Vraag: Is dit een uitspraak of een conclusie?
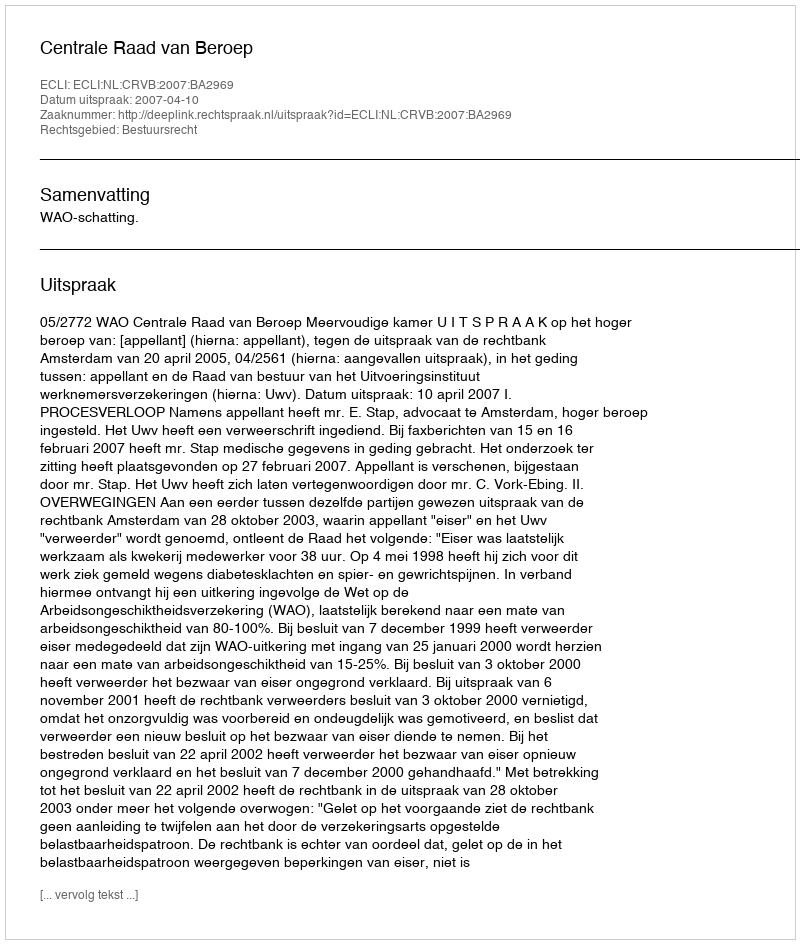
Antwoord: Uitspraak